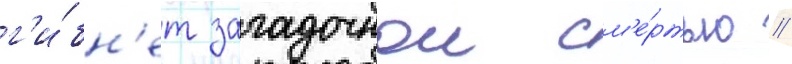
г'и́бн'ет загадочнои см'е́ртью //